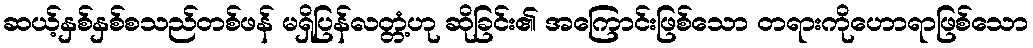
ဆယ့်နှစ်နှစ်စသည်တစ်ဖန် မရှိပြန်လတ္တံ့ဟု ဆိုခြင်း၏ အကြောင်းဖြစ်သော တရားကိုဟောရာဖြစ်သော